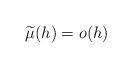
LaTeX: \begin{align*}\widetilde{\mu }(h)=o(h)\end{align*}